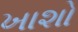
ખાશો